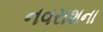
નવરાશના